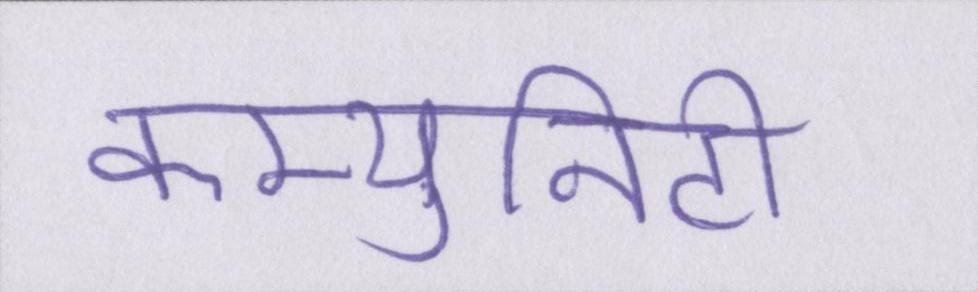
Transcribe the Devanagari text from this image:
कम्युनिटी